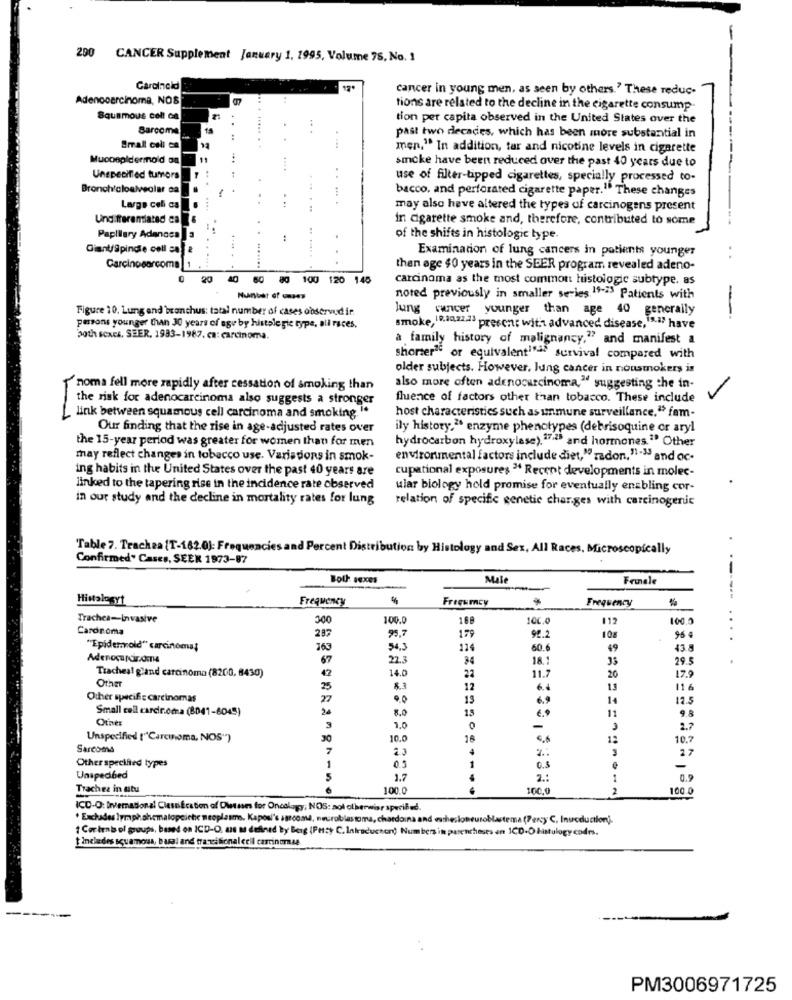
290 CANCER Supplement January 1, 1995, Volume 75, No. 1
Carcinoid
cancer in young men, as seen by others.' These reduc-
Adenocarcinoma, NOS
tions are related to the decline in the cigarette consump-
Squamous cell ca
tion per capita observed in the United States over the
Barcome
.
past two decades, which has been more substantial in
Small cell ca
..
...
men," In addition, tar and nicotine levels in cigarette
Mucoepidermo'd on
..
...
smoke have been reduced over the past 40 years due to
Unspecified tumors
use of filter-tipped cigarettes, specially processed to-
Bronch/cloalveolar ca
bacco. and perforated cigarette paper." These changes
:
... .
Large coli ca
...
may also have altered the types of carcinogens present
Undifferentiated ca
in cigarette smoke and, therefore, contributed to some
Papillary Adenoca
:
.
of the shifts in histologic type.
Giant/Spindle coll sa
Examination of lung cancers in patients younger
..
Carcinosarcoma
.......
then age $0 years in the SEER program revealed adeno-
20
80 100 120 145
carcinoma as the most common histologic subtype. as
Huntet of
noted previously in smaller series 19-23 Patients with
Figure 10. Lung and'branchus: total number of cases observed in
lung cancer younger than age 40 generally
--
persons younger than 30 years of age by histale gic type, all races,
smoke, 18,102223 presen: with advanced disease,1.17 have
both SCAES, SEER, 1993-1987. ca: carcinoma.
a family history of malignancy," and manifest a
shorter3 or equivalent"> survival compared with
older subjects. However, lung cancer in nonsmokers is
noma fell more rapidly after cessation of smoking than
also more often adenocarcinoma," suggesting the in-
V
the risk for adenocarcinoma also suggests a stronger
fluence of factors other than tobacco. These include
link between squamous cell carcinoma and smoking. I.
host characteristics such as unmune surveillance." fam-
Our finding that the rise in age-adjusted rates over
ily history.> enzyme phenotypes (debrisoquine or aryl
the 15-year period was greater for women than for men
hydrocarbon hydroxylase), 175 and hormones." Other
may reflect changes in tobacco use. Variations in smok-
environmental factors include diet," radon, "-" and oc-
ing habits in the United States over the past 40 years are
cupational exposures " Recent developments in molec-
linked to the tapering rise in the incidence rate observed
ular biology hold promise for eventually enabling cor-
in our study and the decline in mortality rates for lung
relation of specific genetic charges with carcinogenic
Table 7. Trachea [T-162.0): Frequen
d Percent Distribution by Histology and Sex, All Races, Microscopically
Confirmed" Cases, SEEK 1973-87
Both sexes
Mule
Feinele
Hintale Syf
Frequency
Frequency
Frequency
------
Trachea-Invasive
300
100.0
188
100.0
112
100.0
Cardnoma
...
287
99,7
179
92.2
10g
95 €
"Epidermold" carcinoma;
363
54.3
114
60.6
49
43.8
Adenocarcin.come
67
22.3
34
18.1
29.5
14.0
11.7
Tracheal gland carcinoma (8200, 8430)
Other
42
22
20
17.9
25
12
6.
11 6
Other specific carcinomas
27
13
6.9
14
17.5
Small cell cardir.oma (8041-6045)
2.
15
11
Other
8.0
9.8
7.0
-
2.7
Unspecified ["Carcinoma, NOS")
30
10.0
16
12
10.7
Sarcoma
7
Otherspecified types
0.5
27
1
0.5
-
Unspedibed
1.7
2 .:
1
0.9
Trachea in situ
100.0
-...
100,0
2
100 0
ICD-O: Drvemnational CiessiÊcation of Dustsins for Oncology; NOS: aol otherwise specified.
* Excluades lymphohematopoiche neoplasms. Kaposi's sarcome, neuroblastoma, chardoina and ethesloneuroblastema (Percy C, Inucduction).
{ Cor ten' ol groups, based on ICD-O, as a defined by Berg (Petty C.Inkraductor) Numbers in parentheses an ICD-O histulogy codes.
includes squamous, basal and francilienalcell carcinomae.
PM3006971725